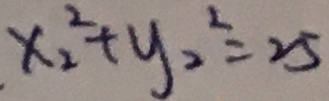
. x _ { 2 } ^ { 2 } + y _ { 2 } ^ { 2 } = 2 5